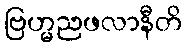
ဗြဟ္မညဖလာနီတိ